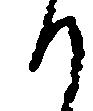
り